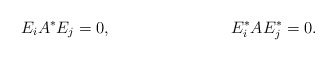
\begin{align*} E_i A^* E_j &= 0, & E^*_i A E^*_j &= 0.\end{align*}